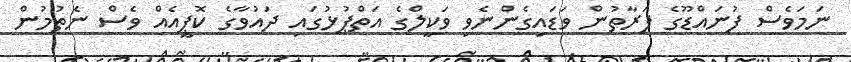
ނަމަވެސް ފުނައްޑޫގެ ފަރާތުން ވަޑައިގެންނެވި ވަކީލްގެ އަތްޕުޅުގައި ދައުވާގެ ކޮޕީއެއް ވެސް ނެތުމުން